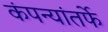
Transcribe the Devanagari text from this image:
कंपन्यांतर्फे